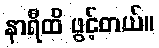
နာရီထိ ဖွင့်တယ်။